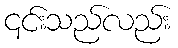
၎င်းသည်လည်း